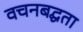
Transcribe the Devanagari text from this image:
वचनबद्घता